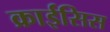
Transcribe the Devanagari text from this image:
क्राईसिस